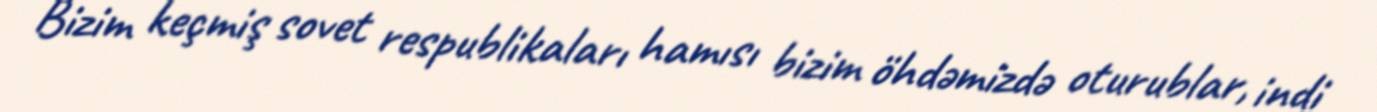
Bizim keçmiş sovet respublikaları hamısı bizim öhdəmizdə oturublar, indi